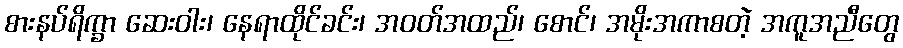
စားနပ်ရိက္ခာ ဆေးဝါး၊ နေရာထိုင်ခင်း၊ အဝတ်အထည်၊ စောင်၊ အမိုးအကာစတဲ့ အကူအညီတွေ